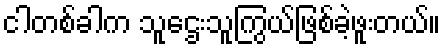
ငါတစ်ခါက သူဌေးသူကြွယ်ဖြစ်ခဲ့ဖူးတယ်။